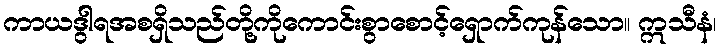
ကာယဒွါရအစရှိသည်တို့ကိုကောင်းစွာစောင့်ရှောက်ကုန်သော။ ဣသီနံ၊